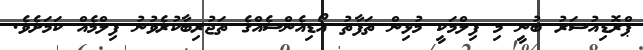
ޕްރޮޑިއުސަރު ބުނީ މި ފިލްމަކީ މުޅިން ތަފާތު އޯޑިއެންސެއްގެ ތަޖުރިބާކުރެވުނު ފިލްމެއް ކަމަށެވެ.